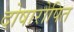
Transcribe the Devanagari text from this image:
दोषारोपित